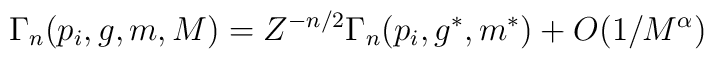
\Gamma_n(p_i,g,m,M) = Z^{-n/2}\Gamma_n(p_i,g^*,m^*) + O(1/M^{\alpha})